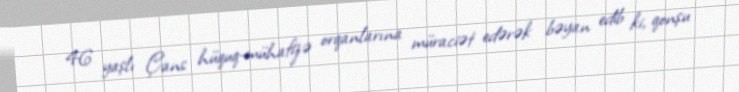
46 yaşlı Çans hüquq-mühafizə orqanlarına müraciət edərək bəyan edib ki, qonşu